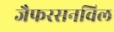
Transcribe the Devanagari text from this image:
जैफरसनविल